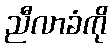
ညီလာခံကို